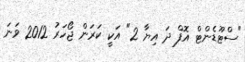
"ސްޓޫޑެންޓް އޮފް ދަ އިޔާ 2" އަކީ ކަރަން ޖޯހަރު 2012 ވަނަ